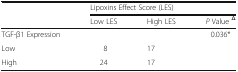
<table><thead><tr><td rowspan="2"></td><td colspan="3"><b>Lipoxins Effect Score (LES)</b></td></tr><tr><td><b>Low LES</b></td><td><b>High LES</b></td><td><b><i>P</i> Value <sup>Δ</sup></b></td></tr></thead><tbody><tr><td>TGF-β1 Expression</td><td></td><td></td><td>0.036*</td></tr><tr><td>Low</td><td>8</td><td>17</td><td></td></tr><tr><td>High</td><td>24</td><td>17</td><td></td></tr></tbody></table>